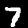
Digit: 7